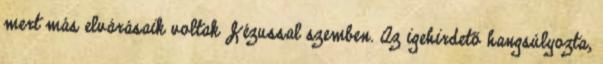
mert más elvárásaik voltak Jézussal szemben. Az igehirdető hangsúlyozta,